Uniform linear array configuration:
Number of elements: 8
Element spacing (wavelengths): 1
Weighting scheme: cosine
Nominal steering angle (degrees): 45
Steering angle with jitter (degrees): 45.181
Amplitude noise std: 0.05
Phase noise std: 0.05

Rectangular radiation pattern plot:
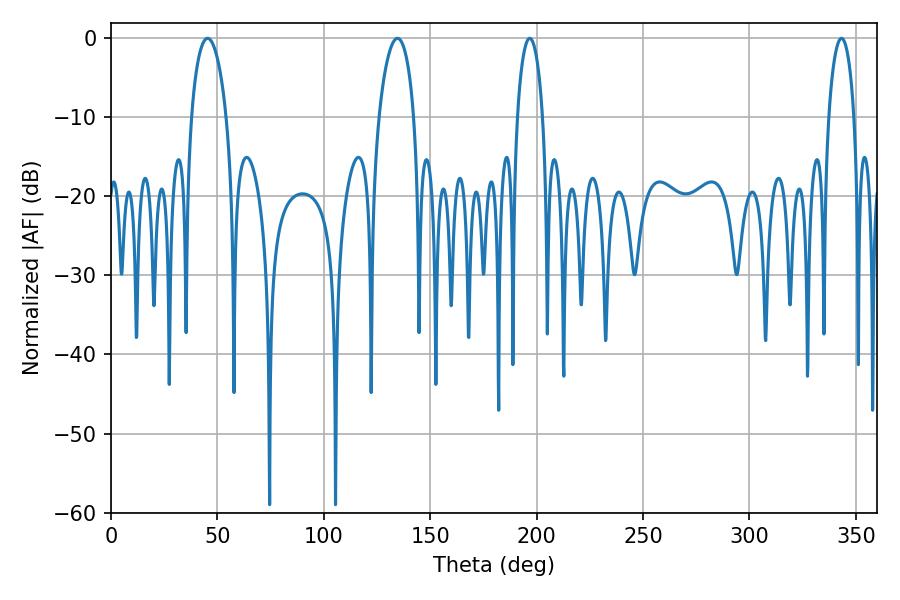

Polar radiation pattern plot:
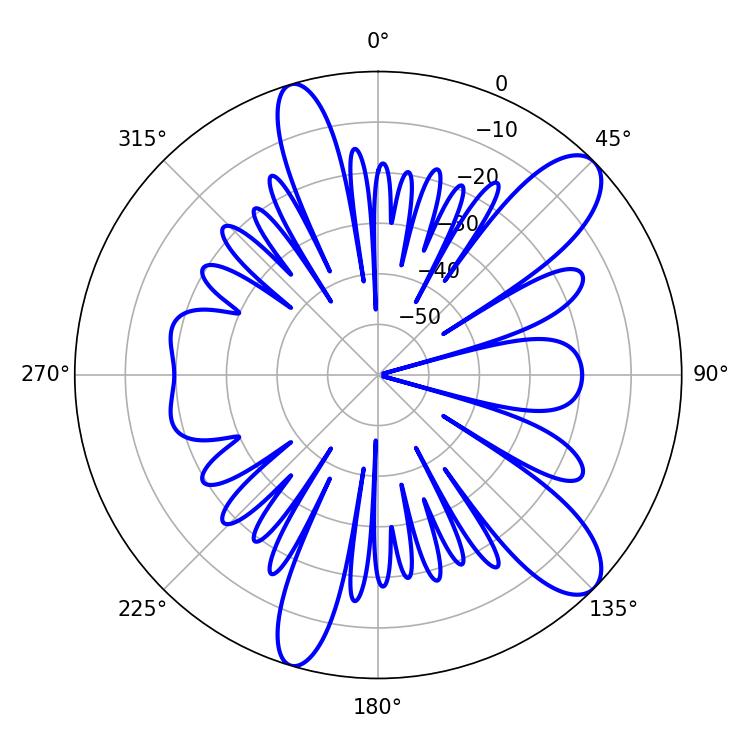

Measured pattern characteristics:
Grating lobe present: TRUE
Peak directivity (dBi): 10.694
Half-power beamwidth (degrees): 6.84
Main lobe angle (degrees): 343.26